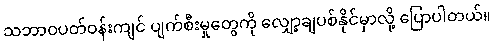
သဘာဝပတ်ဝန်းကျင် ပျက်စီးမှုတွေကို လျှော့ချပစ်နိုင်မှာလို့ ပြောပါတယ်။